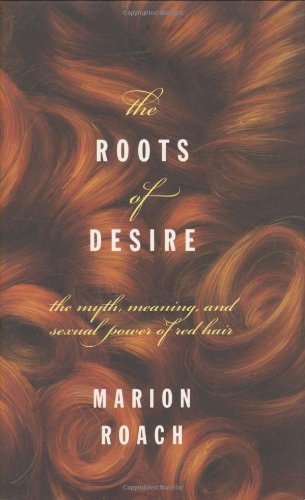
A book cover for Roots of Desire: The Myth, Meaning and Sexual Power of Red Hair; Marion Roach; Health, Fitness & Dieting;